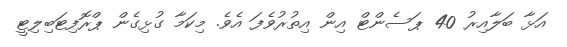
އަޅާ ބަލާއިރު 40 ޕަސެންޓް އިން އިތުރުވެފަ އެވެ. މިކަމާ ގުޅިގެން ޕްރޮފިޓަބިލިޓީ